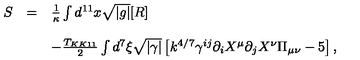
\begin{array} { r c l } { S } & { = } & { { \frac { 1 } { \kappa } } \int d ^ { 1 1 } x \sqrt { | g | } [ R ] } \\ { } & { } & { } \\ { } & { } & { - { \frac { T _ { K K 1 1 } } { 2 } } \int d ^ { 7 } \xi \sqrt { | \gamma | } \left[ k ^ { 4 / 7 } \gamma ^ { i j } \partial _ { i } X ^ { \mu } \partial _ { j } X ^ { \nu } \Pi _ { \mu \nu } - 5 \right] , } \\ \end{array}